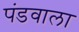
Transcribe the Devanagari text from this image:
पंडवाला